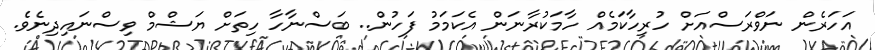
އަހަރެން ނަވްރަސްއަށް ހުރިހާކަމެއް ހާމަކުރާނަން އެކަމަމު ފަހުން.. ބަސްނާހާ ހިތަށް ޔަޝްމް ވިސްނައިދިނެވެ.